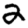
Digit: 2